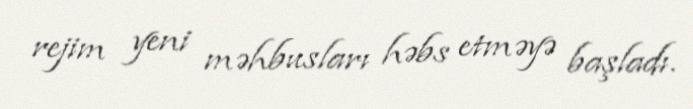
rejim yeni məhbusları həbs etməyə başladı.